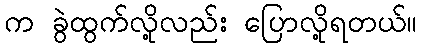
က ခွဲထွက်လို့လည်း ပြောလို့ရတယ်။